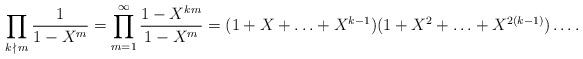
LaTeX: \begin{align*}\prod_{k\,\nmid\, m}\frac{1}{1-X^m}=\prod_{m=1}^\infty\frac{1-X^{km}}{1-X^m}=(1+X+\ldots+X^{k-1})(1+X^2+\ldots+X^{2(k-1)})\ldots.\end{align*}